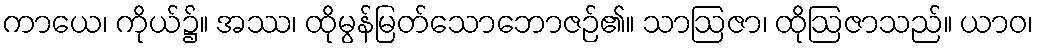
ကာယေ၊ ကိုယ်၌။ အဿ၊ ထိုမွန်မြတ်သောဘောဇဉ်၏။ သာဩဇာ၊ ထိုဩဇာသည်။ ယာဝ၊